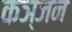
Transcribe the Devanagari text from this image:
कञ्जन